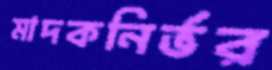
মাদকনির্ভর